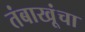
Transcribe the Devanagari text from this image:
तंबाखूंचा